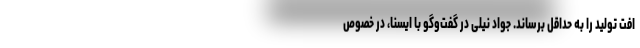
افت تولید را به حداقل برساند. جواد نیلی در گفت‌وگو با ایسنا، در خصوص